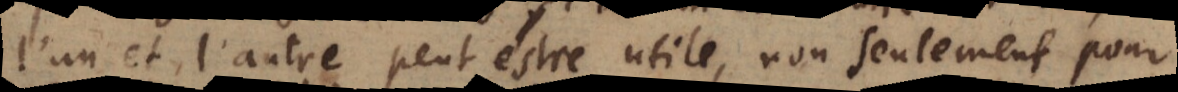
l’un et l’autre peut estre utile, non seulement pour